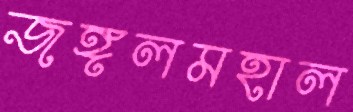
জঙ্গলমহাল